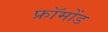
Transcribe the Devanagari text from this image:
फ्रॉमोंड